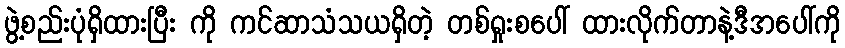
ဖွဲ့စည်းပုံရှိထားပြီး ကို ကင်ဆာသံသယရှိတဲ့ တစ်ရှုးစပေါ် ထားလိုက်တာနဲ့ဒီအပေါ်ကို